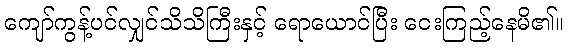
ကျော်ကွန့်ပင်လျှင်သိသိကြီးနှင့် ရောယောင်ပြီး ငေးကြည့်နေမိ၏။